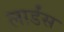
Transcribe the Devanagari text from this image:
लार्डंस